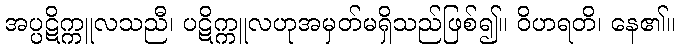
အပ္ပဋိက္ကူလသညီ၊ ပဋိက္ကူလဟုအမှတ်မရှိသည်ဖြစ်၍။ ဝိဟရတိ၊ နေ၏။